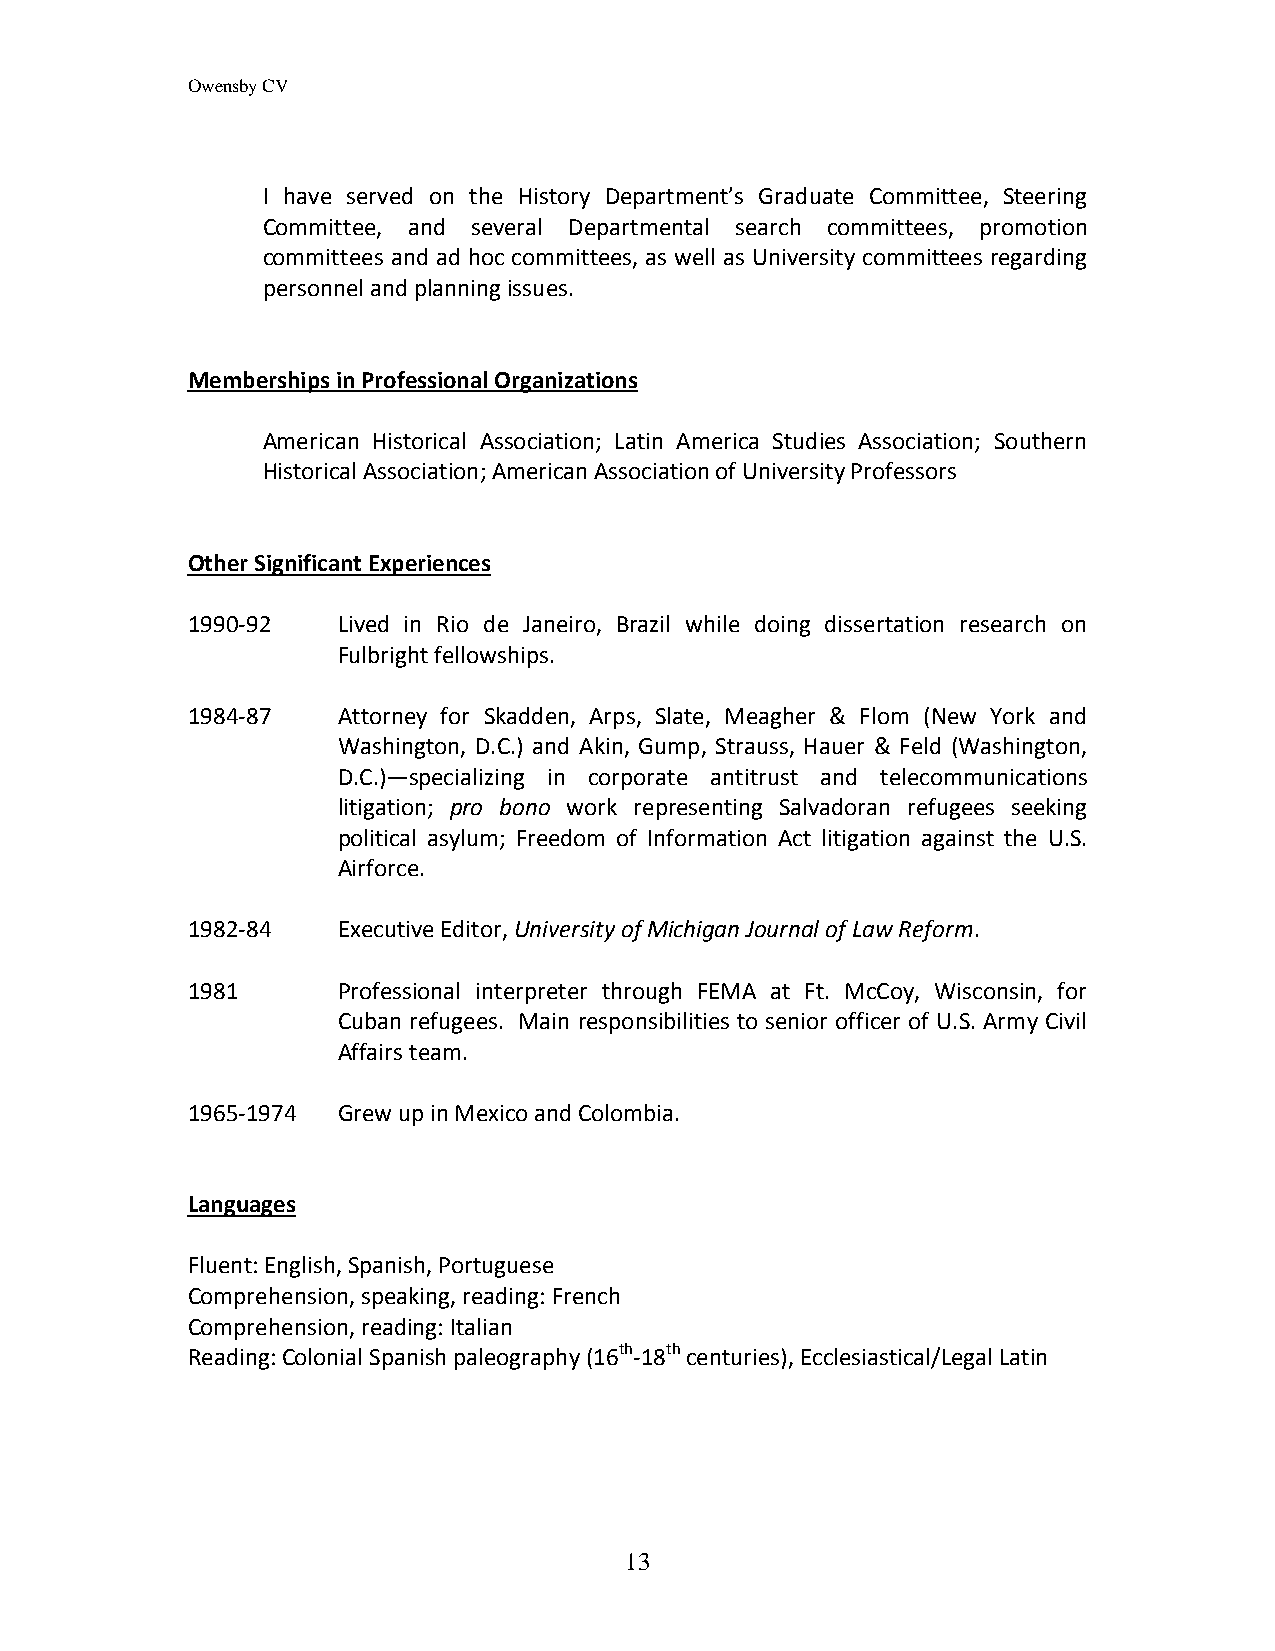
Owensby CV
 I have served on the History Department’s Graduate Committee, Steering
 Committee, and several Departmental search committees, promotion
 committees and ad hoc committees, as well as University committees regarding
 personnel and planning issues.
 Memberships in Professional Organizations
 American Historical Association; Latin America Studies Association; Southern
 Historical Association; American Association of University Professors
 Other Significant Experiences
 1990-92   Lived in Rio de Janeiro, Brazil while doing dissertation research on
 Fulbright fellowships.
 1984-87   Attorney for Skadden, Arps, Slate, Meagher & Flom (New York and
 Washington, D.C.) and Akin, Gump, Strauss, Hauer & Feld (Washington,
 D.C.)—specializing in corporate antitrust and telecommunications
 litigation; pro bono work representing Salvadoran refugees seeking
 political asylum; Freedom of Information Act litigation against the U.S.
 Airforce.
 1982-84   Executive Editor, University of Michigan Journal of Law Reform.
 1981      Professional interpreter through FEMA at Ft. McCoy, Wisconsin, for
 Cuban refugees. Main responsibilities to senior officer of U.S. Army Civil
 Affairs team.
 1965-1974 Grew up in Mexico and Colombia.
 Languages
 Fluent: English, Spanish, Portuguese
 Comprehension, speaking, reading: French
 Comprehension, reading: Italian
 Reading: Colonial Spanish paleography (16th-18th centuries), Ecclesiastical/Legal Latin
 13